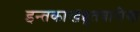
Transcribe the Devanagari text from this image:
इन्तकाखब्बूतवारीख